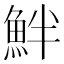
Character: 𩶐